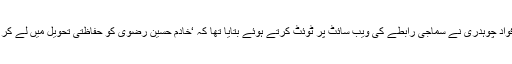
بعد ازاں وفاقی وزیر اطلاعات فواد چوہدری نے سماجی رابطے کی ویب سائٹ پر ٹوئٹ کرتے ہوئے بتایا تھا کہ ‘خادم حسین رضوی کو حفاظتی تحویل میں لے کر مہمان خانے منتقل کیا گیا ہے۔